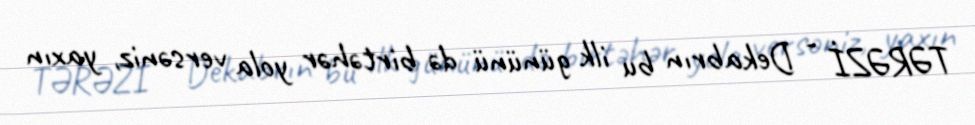
TƏRƏZİ - Dekabrın bu ilk gününü də birtəhər yola versəniz, yaxın